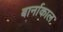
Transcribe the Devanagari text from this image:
बार्नाकाल